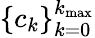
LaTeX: \{ c_{k}\} _{k=0}^{k_{\mathrm{max}}}